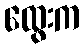
ထွေးက